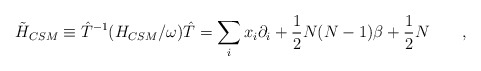
\begin{align*}\tilde{H}_{CSM} \equiv {\hat T^{-1}} (H_{CSM}/\omega) \hat T = \sum_ix_i \partial_i + \frac{1}{2} N (N-1) \beta +\frac{1}{2} N \qquad,\end{align*}